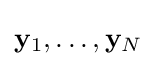
\mathbf {y} _{1},\dots ,\mathbf {y} _{N}